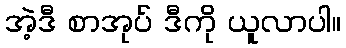
အဲ့ဒီ စာအုပ် ဒီကို ယူလာပါ။